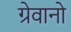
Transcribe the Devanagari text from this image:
ग्रेवानो